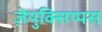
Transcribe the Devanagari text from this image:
ज़ेयुक्सिप्पस